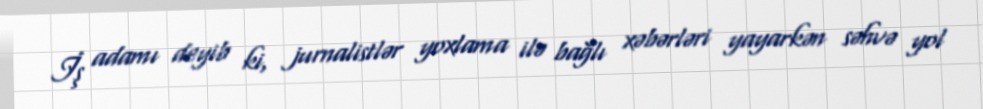
İş adamı deyib ki, jurnalistlər yoxlama ilə bağlı xəbərləri yayarkən səhvə yol